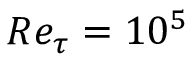
R e _ { \tau } = 1 0 ^ { 5 }